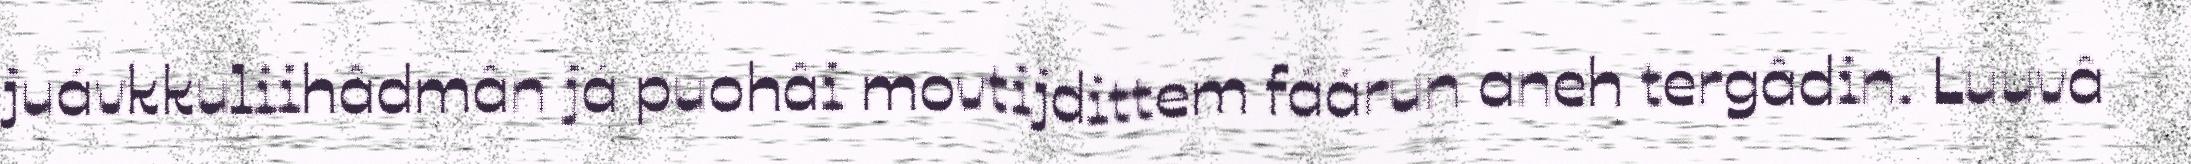
juávkkuliihâdmân já puohâi movtijdittem fáárun aneh tergâdin. Luuvâ